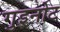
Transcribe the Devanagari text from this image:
गुइनोट